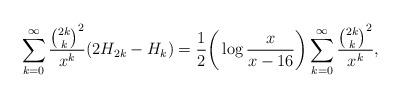
LaTeX: \begin{align*}&\sum_{k=0}^{\infty}\frac{\binom{2k}{k}^2}{x^k}(2H_{2k}-H_k)=\frac{1}{2}\bigg(\log\frac{x}{x-16}\bigg)\sum_{k=0}^{\infty}\frac{\binom{2k}{k}^2}{x^k},\end{align*}